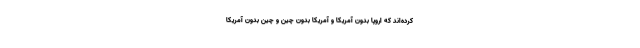
کرده‌اند که اروپا بدون آمریکا و آمریکا بدون چین و چین بدون آمریکا